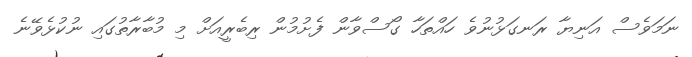
ނަމަވެސް އަނިޔާ ރަނގަޅުނުވެ ހައްތަހާ ގޯސްވާން ފެށުމުން ރިބެރީއަށް މި މުބާރާތުގައި ނުކުޅެވޭނެ